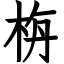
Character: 栴